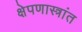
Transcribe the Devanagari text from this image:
क्षेपणास्त्रांत